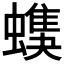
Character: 𧑦